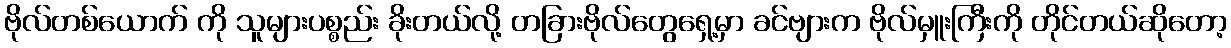
ဗိုလ်တစ်ယောက် ကို သူများပစ္စည်း ခိုးတယ်လို့ တခြားဗိုလ်တွေရှေ့မှာ ခင်ဗျားက ဗိုလ်မှူးကြီးကို တိုင်တယ်ဆိုတော့